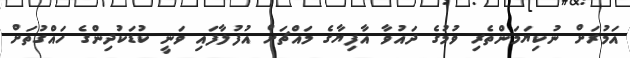
އަމުރަށް ނުކިޔަމަންތެރި ވުމުގެ ދައުވާ އާފިޔާގެ މައްޗަށް އުފުލާފައި ވަނީ ކުޑަކުދިންގެ ހައްގުތަށް